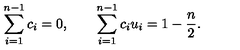
\sum _ { i = 1 } ^ { n - 1 } c _ { i } = 0 , \qquad \sum _ { i = 1 } ^ { n - 1 } c _ { i } u _ { i } = 1 - { \frac { n } { 2 } } .